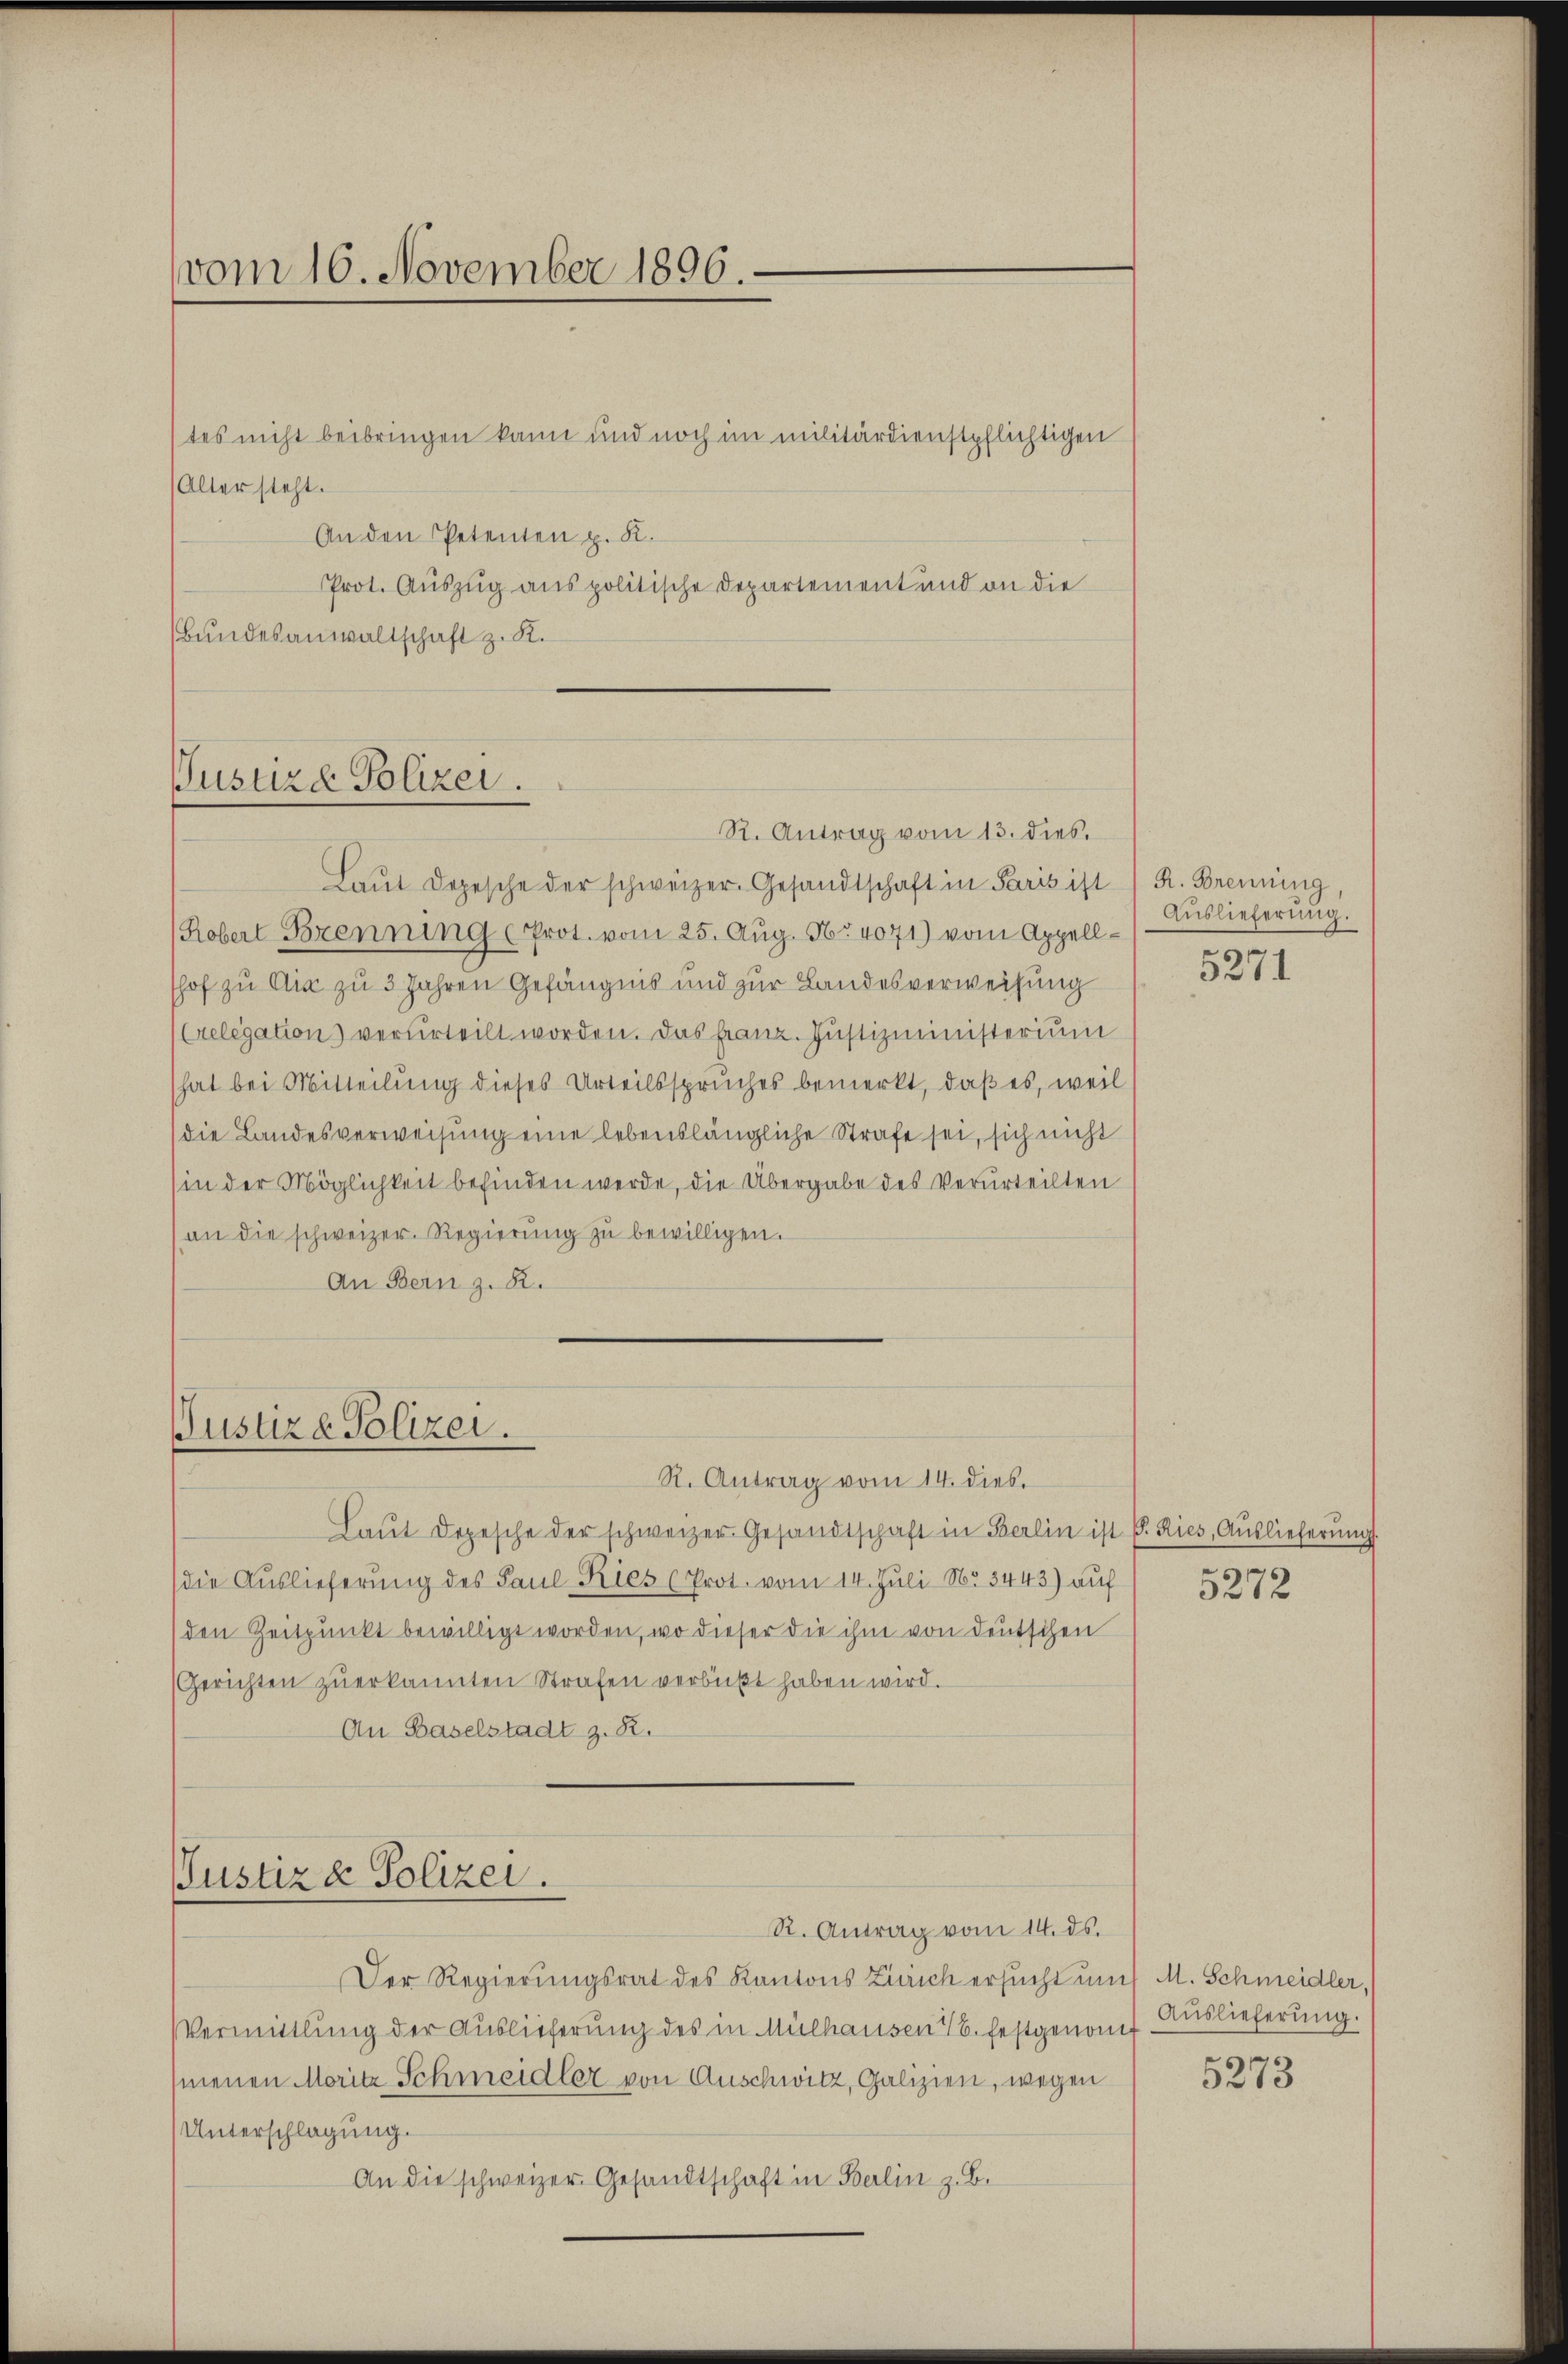
vom 16. November 1896.

tes nicht beibringen kann und noch im militärdienstpflichtigen
Alter steht.
An den Petenten p. K.
Prot. Auszug aus politische Departement und an die
Bundesanwaltschaft z. K.

Justiza Polizei.
R. Antrag vom 13. dies

Justiz & Polizei.

Justiz & Polizei.
R. Antrag vom 14. ds.

Laŭt Depesche der schweizer. Gesandtschaft in Paris ist ( R. Brennung,
Robert Brenning (Prot. vom 25. Aug. 16. 4071) vom Appellshof zu Ain zu 3 Jahren Gefängnis und zur Landesverweisung
(Gelegation verurteilt worden. Das franz. Justizministerium
hat bei Mitteilung dieses Urteilsspruches bemerkt, daß es, weil
die Landesverweisung eine lebenslängliche Strafe sei, sich nicht
(in der Möglichkeit befinden werde, die Übergabe des Verurteilten
(an die schweizer. Regierŭng zŭ bewilligen.
An Bern z. R.

Auslieferung.

R. Antrag vom 14. dies.
Laut Depesche der schweizer Gesandtschaft in Berlin ist E. Ries, Auslieferung
die Auslieferung des Paul Kies (Prot. vom 14. Juli No 3443) auf
den Zeitpunkt bewilligt worden, wo dieser die ihm von deutschen
Gerichten zŭerkannten Strafen verbüßt haben wird.
An Baselstadt z. B.

Der Regierungsrat des Kantons Ziaich ersucht und M. Schmeidler,
Vermittlung der Auslieferung des in Mülhausen u. festgenom
menen Moritz Schmeidler von Auschwitz, Galizien, wegen
Unterschlagung.
An die schweizer. Gesandtschaft in Berlin z. B.

5271

5272

Auslieferung.

5273